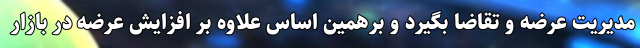
مدیریت عرضه و تقاضا بگیرد و برهمین اساس علاوه بر افزایش عرضه در بازار